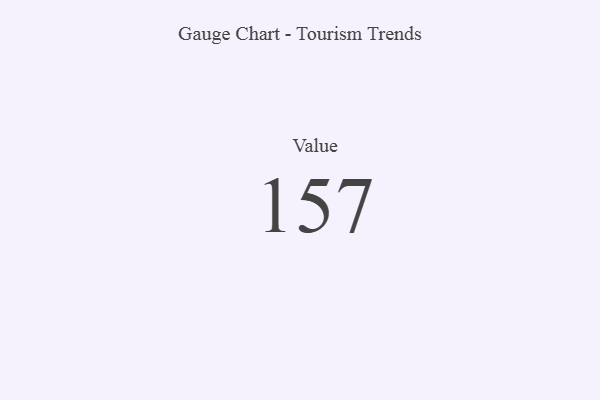
{"axis": {"x": "Metric", "y": "Value"}, "legend": [""], "data": [{"x": "Value", "y": 157, "type": ""}]}